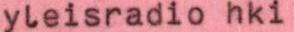
yleisradio hki